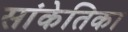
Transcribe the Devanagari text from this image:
सांकेतिका